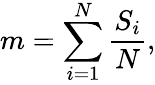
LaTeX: m=\sum_{i=1}^{N}\frac{S_{i}}{N},